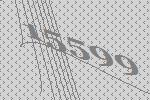
15599